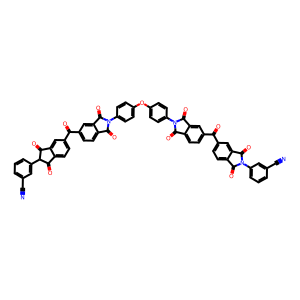
SMILES: N#Cc1cccc(C2C(=O)c3ccc(C(=O)c4ccc5c(c4)C(=O)N(c4ccc(Oc6ccc(N7C(=O)c8ccc(C(=O)c9ccc%10c(c9)C(=O)N(c9cccc(C#N)c9)C%10=O)cc8C7=O)cc6)cc4)C5=O)cc3C2=O)c1
Inhibits HIV replication: No